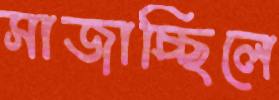
সাজাচ্ছিলে